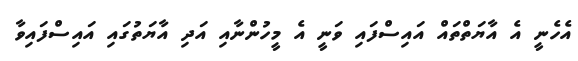
އެހެނީ އެ އާޔަތްތައް އައިސްފައި ވަނީ އެ މީހުންނާއި އަދި އާޔަތުގައި އައިސްފައިވާ